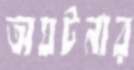
অঘটনার